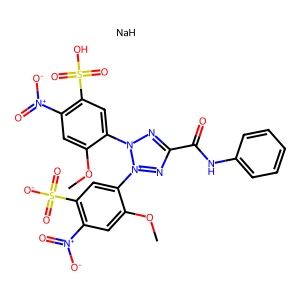
SMILES: COc1cc([N+](=O)[O-])c(S(=O)(=O)O)cc1-n1nc(C(=O)Nc2ccccc2)n[n+]1-c1cc(S(=O)(=O)[O-])c([N+](=O)[O-])cc1OC.[NaH]
Inhibits HIV replication: No